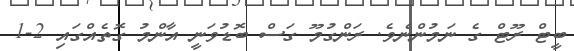
ބީޓް ރޫޓް ގެ ނަމުންނެވެ. ރަންގުމޫ ގަސް ބޮޑުވަނީ އާންމު ގޮތެއްގައި 2-1